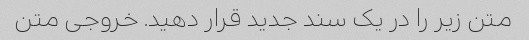
متن زیر را در یک سند جدید قرار دهید. خروجی متن